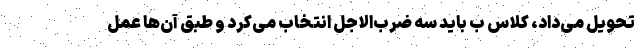
تحویل می‌داد، کلاس ب باید سه ضرب‌الاجل انتخاب می‌کرد و طبق آن‌ها عمل